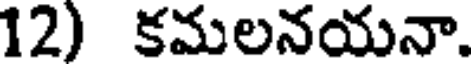
12) కమలనయనా.